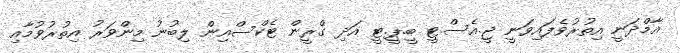
އާމްދަނީ އިތުރުވެފައިވަނީ ޖީ.އެސް.ޓީ ބީ.ޕީ.ޓީ އަދި ގްރީން ޓެކްސްއިން ލިބުނު މިންވަރު އިތުރުވުމާއި